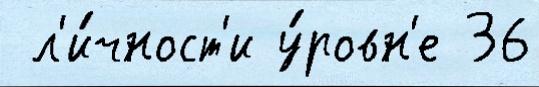
 л'и́чност'и у́ровн'е 36